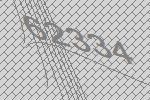
62334